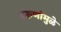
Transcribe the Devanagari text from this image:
तरुणांमुळे